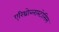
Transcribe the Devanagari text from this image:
एरिथ्रोब्लास्टोसिस